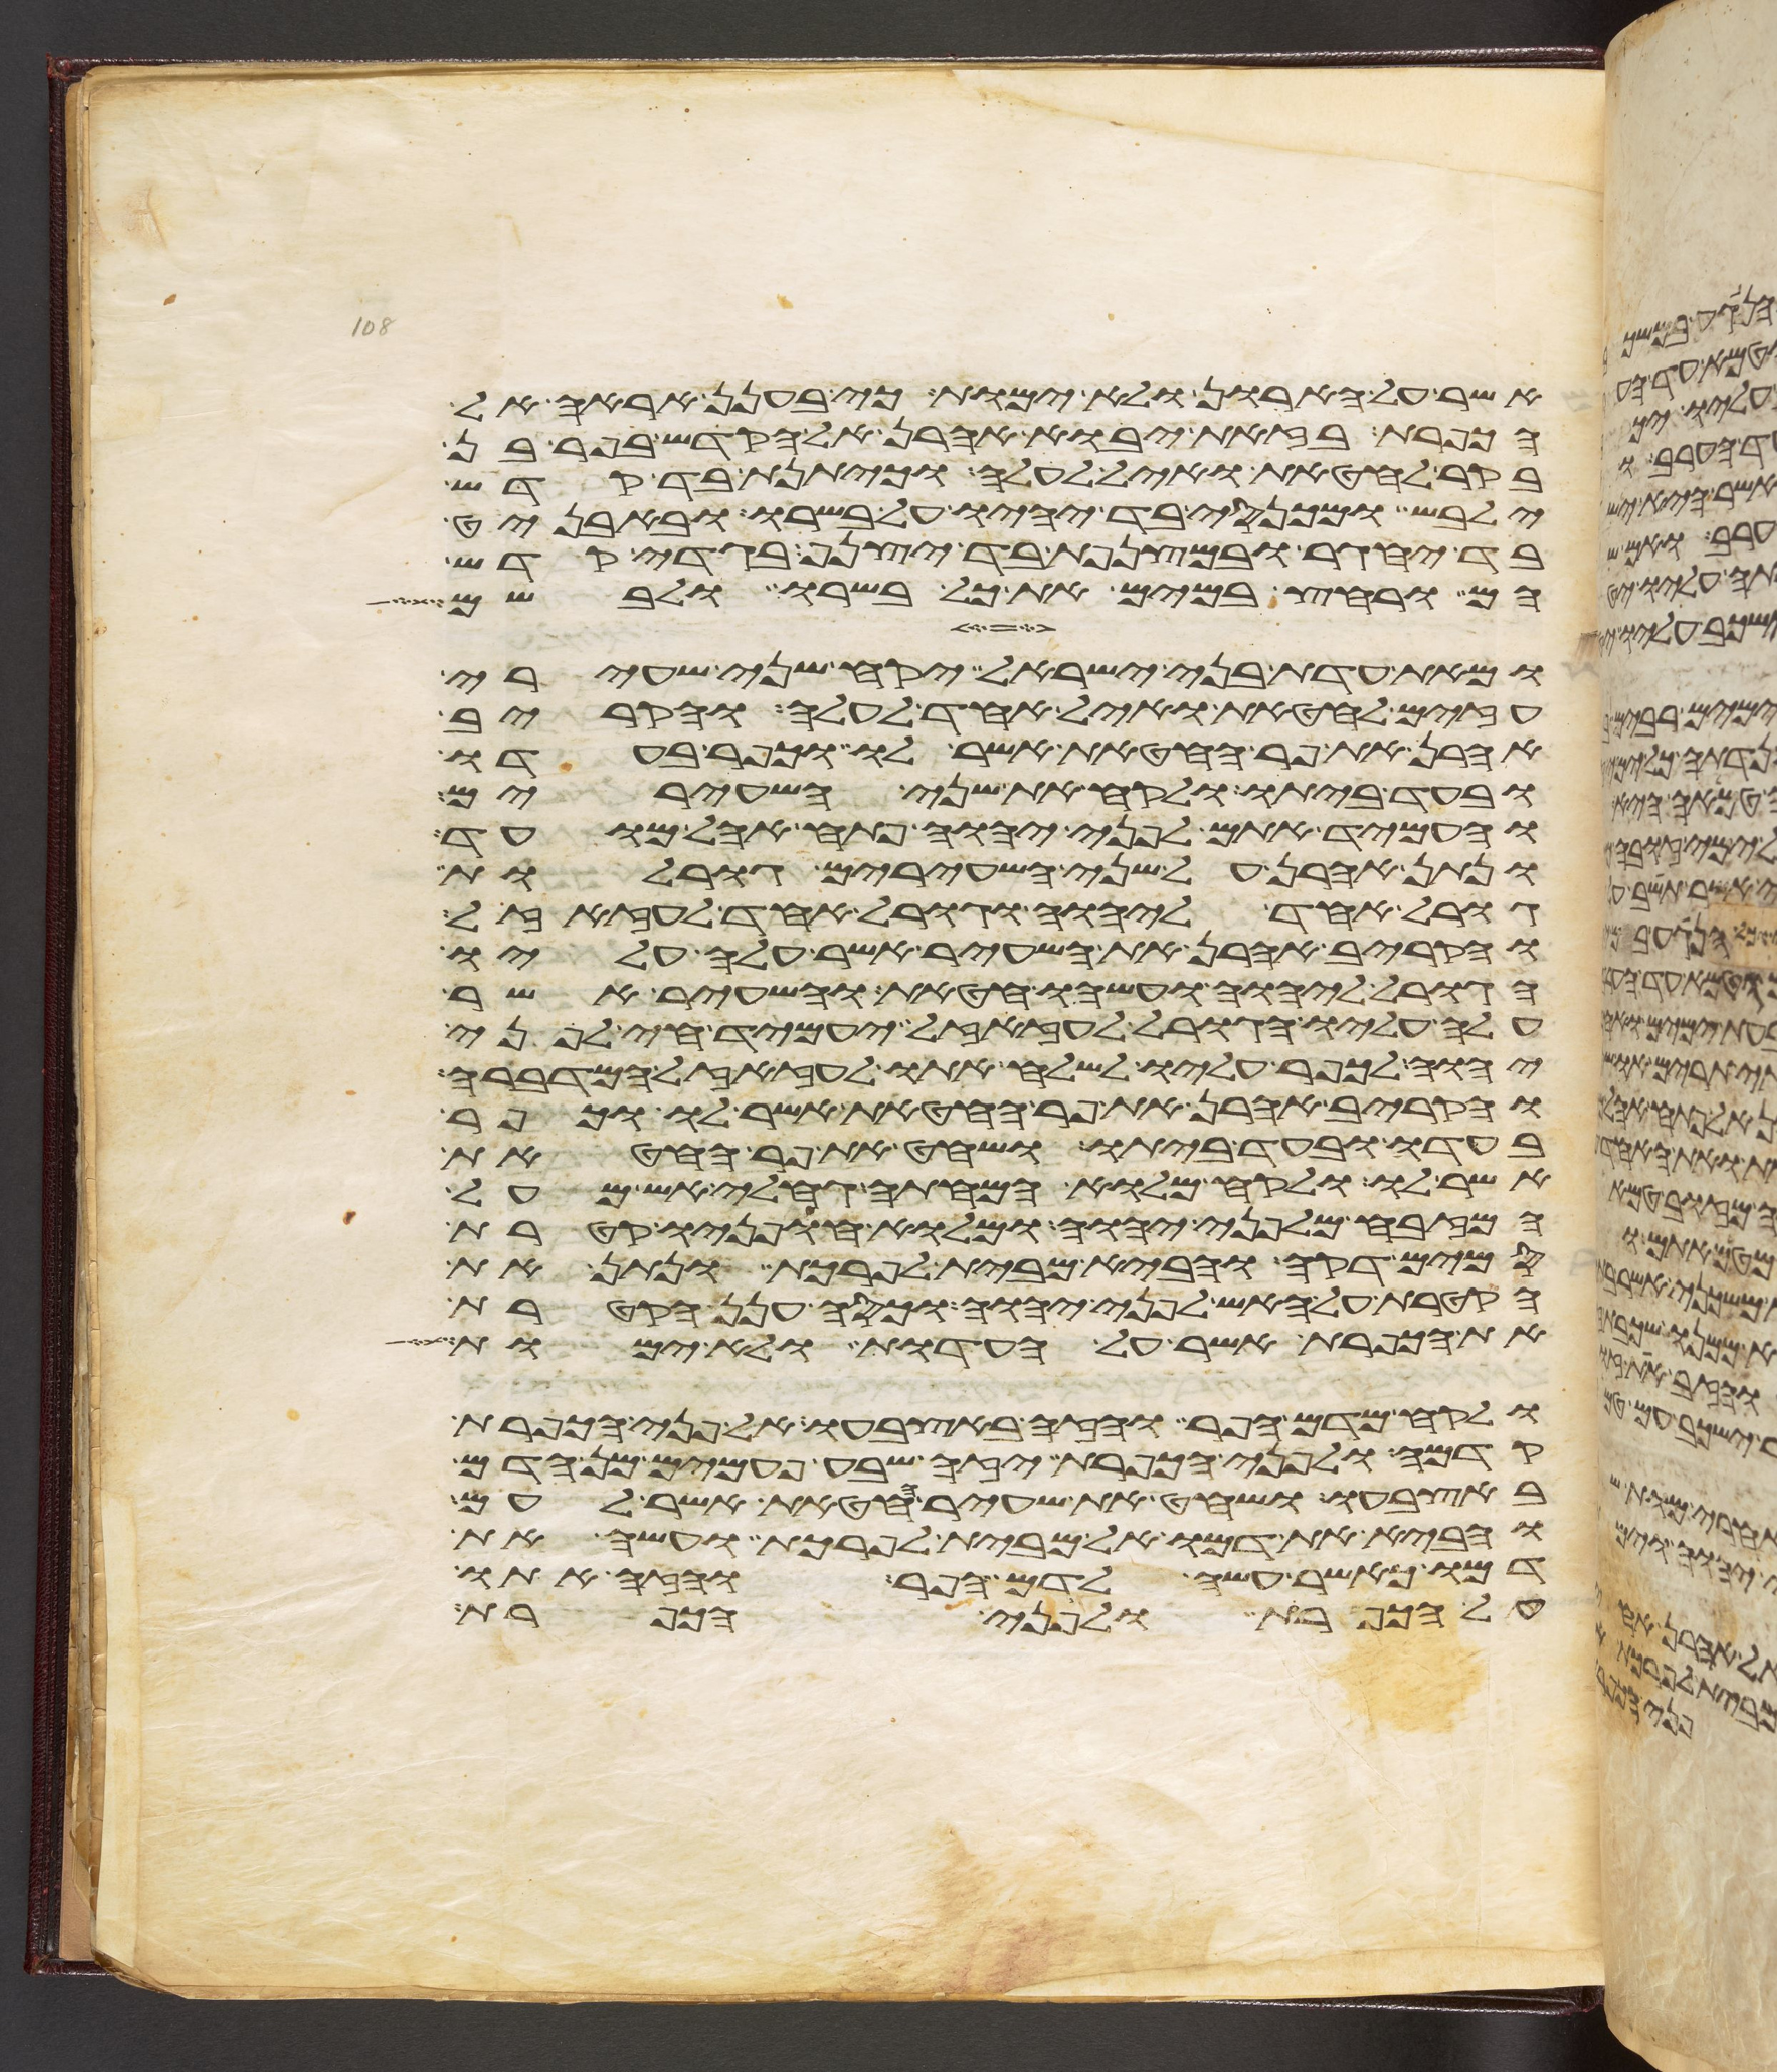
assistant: אשר על הארון ולא ימות כי בענן אראה אל
הכפרת בזאת יבוא אהרן אל הקדש בפר בן
בקר לחטאת ואיל לעלה וכיתנת בד קדש
ילבש ומכנסי בד יהיו על בשרו ובאבניט
בד יחגר ובמצנפת בד יצנף בגדי קדש
הם ורחץ במים את כל בשרו ולבשם
ומאת עדת בני ישראל יקח שני שעירי
עזים לחטאת ואיל אחד לעלה והקריב
אהרן את פר החטאת אשר לו וכפר בעדו
ובעד ביתו ולקח את שני השעירים
והעמיד אתם לפני יהוה פתח אהל מועד
ונתן אהרן על שני השעירים גורלות
גורל אחד ליהוה וגורל אחד לעזזאל
והקריב אהרן את השעיר אשר עלה עליו
הגורל ליהוה ועשהו חטאת והשעיר אשר
עלה עליו הגורל לעזזאל יעמיד חי לפני
יהוה לכפר עליו לשלח אתו לעזזאל המדברה
והקריב אהרן את פר החטאת אשר לו וכפר
בעדו ובעד ביתו ושחט את פר החטאת
אשר לו ולקח מלוא המחתה גחלי אש מעל
המזבח מלפני יהוה ומלוא חפניו קטרת
סמים דקה והביא מבית לפרכת ונתן את
הקטרת על האש לפני יהוה וכסה ענן הקטרת
את הכפרת אשר על העדות ולא ימות
ולקח מדם הפר והזה באצבעו אל פני הכפרת
קדמה ולפני הכפרת יזה שבע פעמים מן הדם
באצבעו ושחט את שעיר החטאת אשר לעם
והביא את דמו אל מבית לפרכת ועשה את
דמו כאשר עשה לדם הפר והזה אתו
על הכפרת ולפני הכפרת